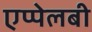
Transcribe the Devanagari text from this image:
एप्पेलबी